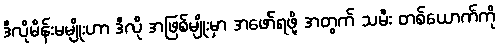
ဒီလိုမိန်းမမျိုးဟာ ဒီလို အဖြစ်မျိုးမှာ အဖော်ရဖို့ အတွက် သမီး တစ်ယောက်ကို